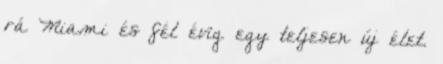
rá Miami és fél évig egy teljesen új élet.